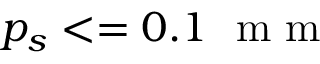
p _ { s } < = 0 . 1 ~ \textrm { m m }